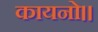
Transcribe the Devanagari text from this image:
कायनो।।